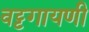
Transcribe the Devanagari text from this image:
वट्टगायणी